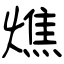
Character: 燋